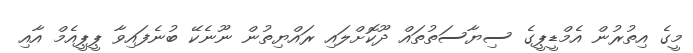
މީގެ އިތުރުން އެމްޑީޕީގެ ސިޔާސަތުތައް ދޫކޮށްލައި ރައްޔިތުން ނޫނެކޭ ބުނެފައިވާ ޕީޕީއެމް އާއި